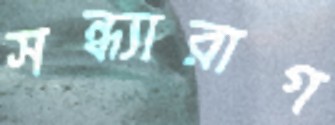
সন্ধ্যারাগ